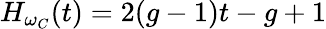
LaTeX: H_{\omega_{C}}(t)=2(g-1)t-g+1